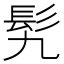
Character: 𩫴